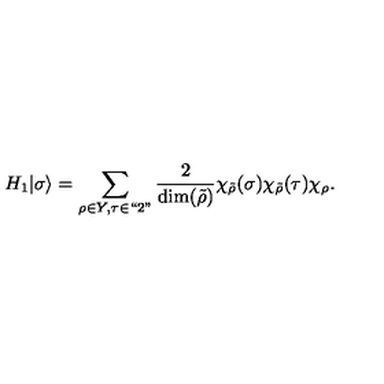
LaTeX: H _ { 1 } | \sigma \rangle = \sum _ { \rho \in Y , \tau \in ` ` 2 " } { \frac { 2 } { \dim ( \tilde { \rho } ) } } \chi _ { \tilde { \rho } } ( \sigma ) \chi _ { \tilde { \rho } } ( \tau ) \chi _ { \rho } .